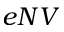
e N V